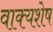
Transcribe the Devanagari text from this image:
वाक्यशेष